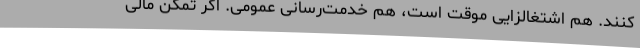
‌کنند. هم اشتغالزایی موقت است، هم خدمت‌رسانی عمومی. اگر تمکن مالی